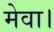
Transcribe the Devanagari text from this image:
मेवा।